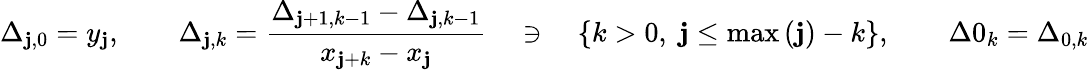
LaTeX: \Delta_{\mathbf{j},0}=y_{\mathbf{j}},\qquad\Delta_{\mathbf{j},k}={\frac{{\Delta_{\mathbf{j}+1,k-1}-\Delta_{\mathbf{j},k-1}}}{{x_{\mathbf{j}+k}-x_{\mathbf{j}}}}}\quad\ni\quad\left\{ k>0,\; \mathbf{j}\leq\operatorname*{max}\left(\mathbf{j}\right)-k\right\} ,\qquad\Delta0_{k}=\Delta_{0,k}